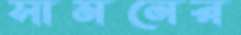
সামনের